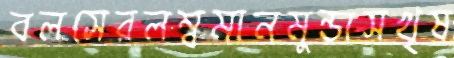
বলসেরলম্বমানমুন্ডাসখৃষ